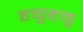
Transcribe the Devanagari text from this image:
हळुह़ळु